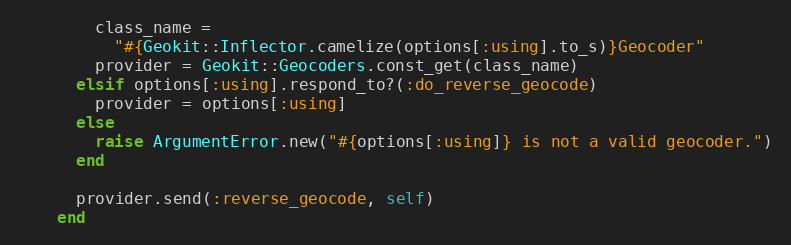
Language: Ruby
        class_name =
          "#{Geokit::Inflector.camelize(options[:using].to_s)}Geocoder"
        provider = Geokit::Geocoders.const_get(class_name)
      elsif options[:using].respond_to?(:do_reverse_geocode)
        provider = options[:using]
      else
        raise ArgumentError.new("#{options[:using]} is not a valid geocoder.")
      end

      provider.send(:reverse_geocode, self)
    end